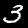
Digit: 3